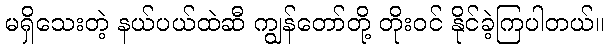
မရှိသေးတဲ့ နယ်ပယ်ထဲဆီ ကျွန်တော်တို့ တိုးဝင် နိုင်ခဲ့ကြပါတယ်။